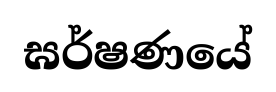
ඝර්ෂණයේ